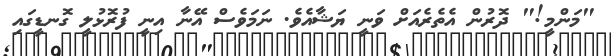
"މަންމީ!" ދޮރުން އެތެރެއަށް ވަނީ ޔަޝާއެވެ. ނަމަވެސް އޭނާ އިނީ ފުރޮޅުލީ ގޮނޑީގައި